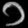
Digit: ၁